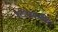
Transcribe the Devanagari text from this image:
एंटीआक्सीडेंट